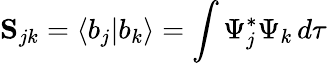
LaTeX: \mathbf{S}_{jk}=\left\langle b_{j}|b_{k}\right\rangle=\int\Psi_{j}^{*}\Psi_{k}\, d\tau